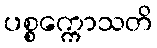
ပစ္စက္ကောသတိ